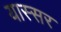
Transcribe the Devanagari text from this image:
यास्सर